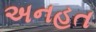
અનહત